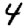
Digit: 4